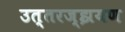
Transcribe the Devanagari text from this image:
उत्तरज्झयण